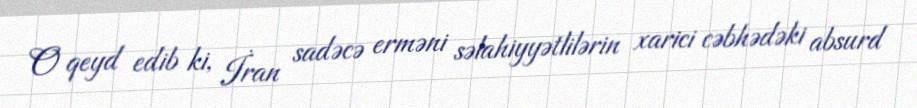
O qeyd edib ki, İran sadəcə erməni səlahiyyətlilərin xarici cəbhədəki absurd